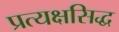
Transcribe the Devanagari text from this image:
प्रत्यक्षसिद्ध